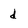
Character: d